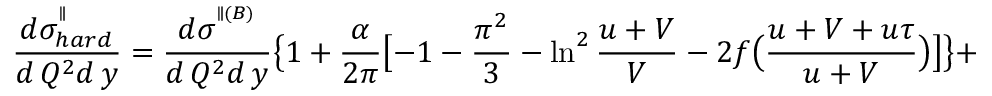
\frac { d \sigma _ { h a r d } ^ { ^ { \parallel } } } { d \, Q ^ { 2 } d \, y } = \frac { d \sigma ^ { ^ { \parallel ( B ) } } } { d \, Q ^ { 2 } d \, y } \bigl \{ 1 + \frac { \alpha } { 2 \pi } \bigl [ - 1 - \frac { \pi ^ { 2 } } { 3 } - \ln ^ { 2 } \frac { u + V } { V } - 2 f \bigl ( \frac { u + V + u \tau } { u + V } \bigr ) \bigr ] \bigr \} +